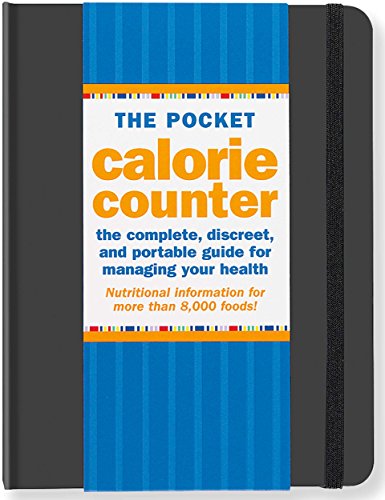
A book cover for Pocket Calorie Counter, 2015 Edition; Suzanne Beilenson; Health, Fitness & Dieting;